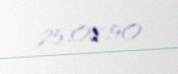
25.08.90